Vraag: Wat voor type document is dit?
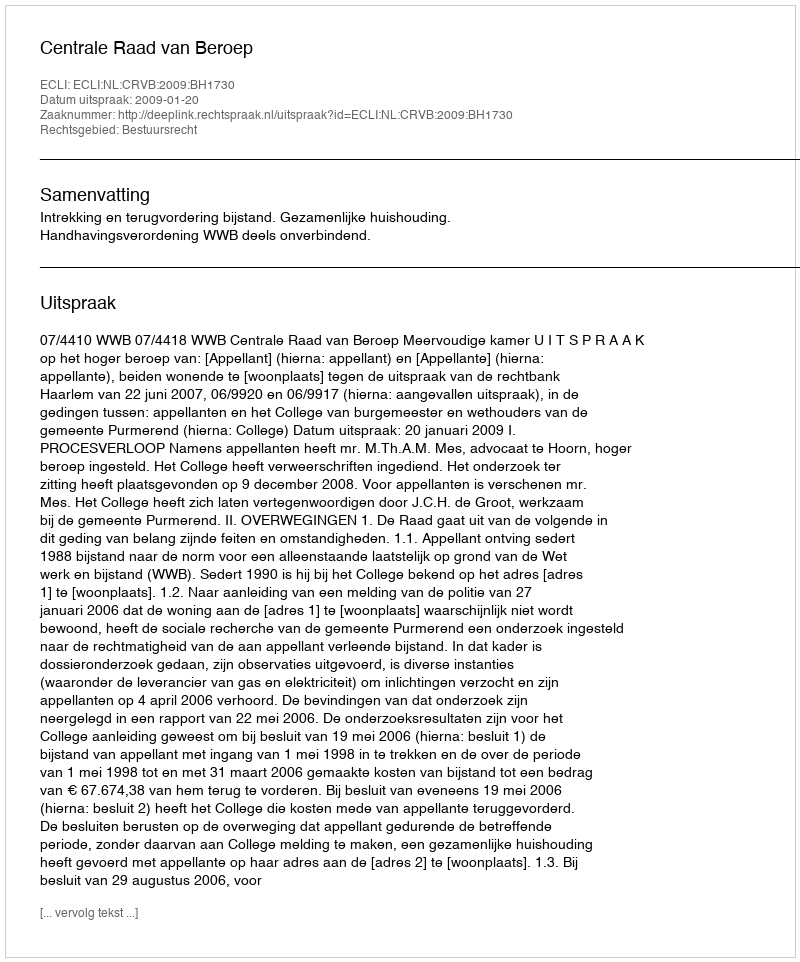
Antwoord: Uitspraak